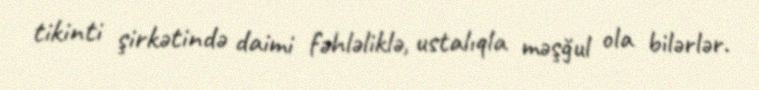
tikinti şirkətində daimi fəhləliklə, ustalıqla məşğul ola bilərlər.